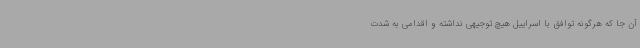
آن جا که هرگونه توافق با اسراییل هیچ توجیهی نداشته و اقدامی به شدت